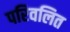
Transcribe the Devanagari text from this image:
परिवलित